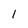
Character: 1